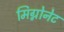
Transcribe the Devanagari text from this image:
मिग्नोनेट